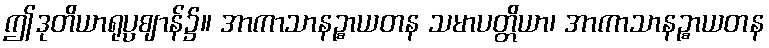
ဤဒုတိယာရုပ္ပဈာန်၌။ အာကာသာနဉ္စာယတန သမာပတ္တိယာ၊ အာကာသာနဉ္စာယတန